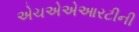
એચએએઆરટીની